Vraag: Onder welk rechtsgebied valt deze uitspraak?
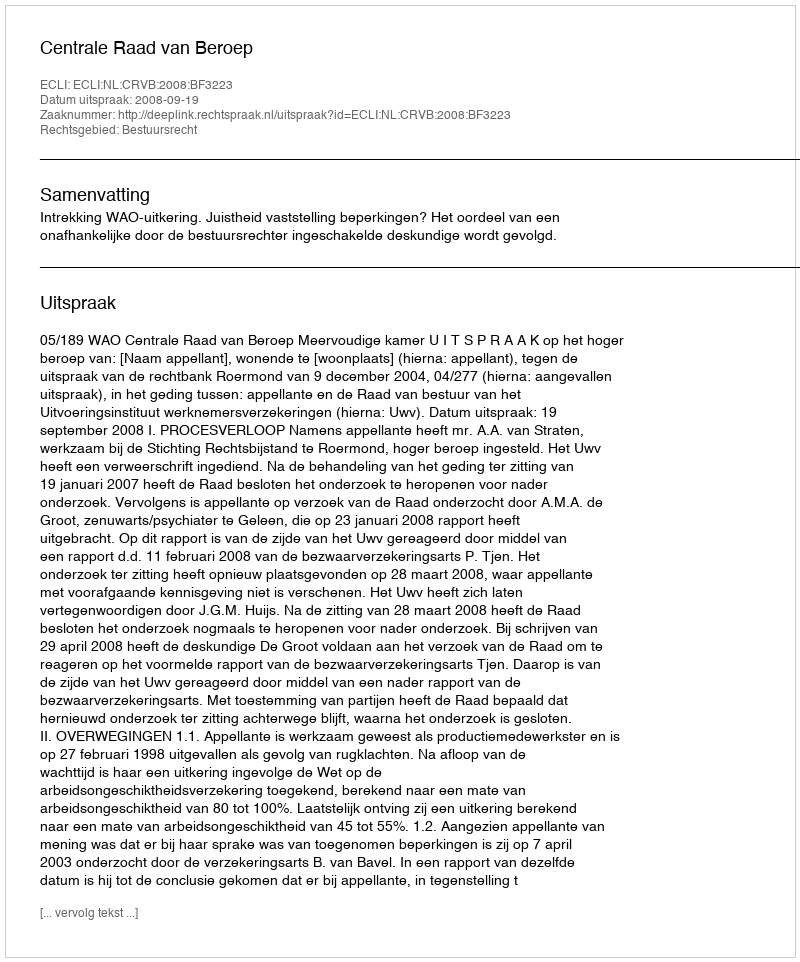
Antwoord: Bestuursrecht